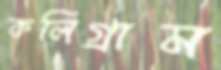
কলিগ্রাম